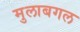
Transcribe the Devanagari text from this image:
मुलाबगल